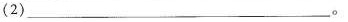
(2)___。